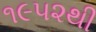
૧૯૫૨થી